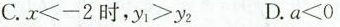
C.$$x<-2$$时，$$y_{1}>y_{2}$$ D.$$a<0$$